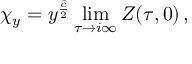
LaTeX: \chi _ { y } = y ^ { \frac { \hat { c } } { 2 } } \operatorname * { l i m } _ { \tau \rightarrow i \infty } Z ( \tau , 0 ) \, ,